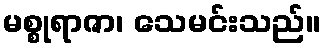
မစ္စုရာဇာ၊ သေမင်းသည်။